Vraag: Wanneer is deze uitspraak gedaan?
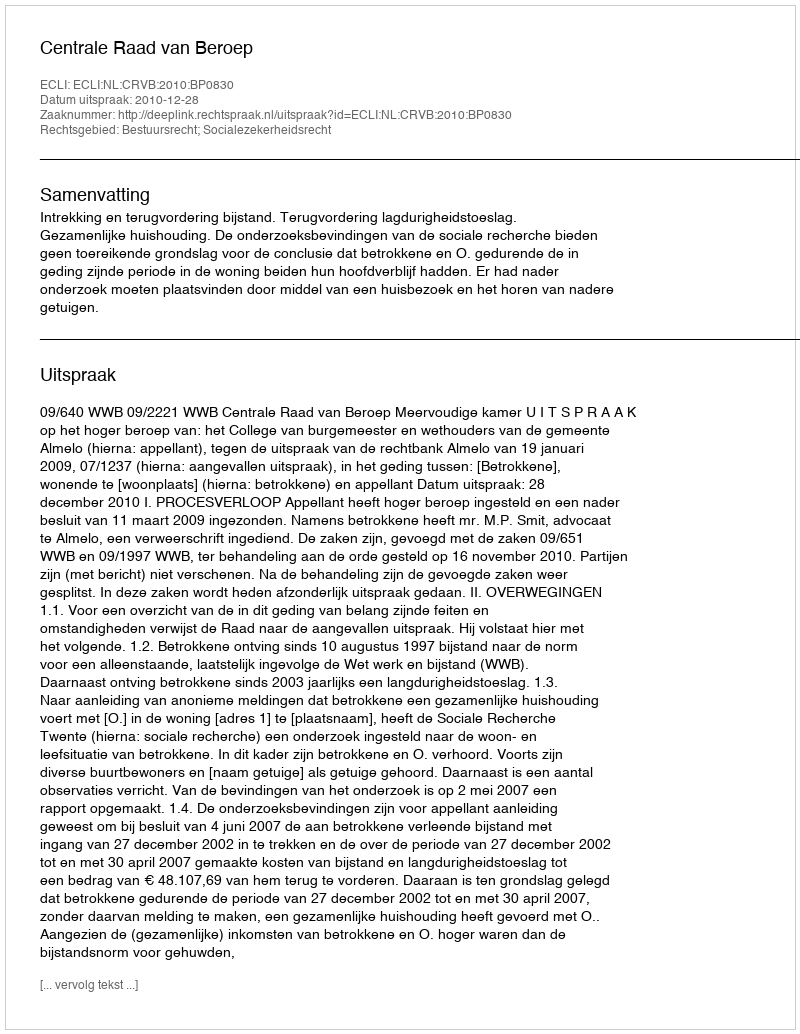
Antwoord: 2010-12-28